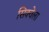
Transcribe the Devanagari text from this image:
सिक्वेला